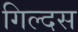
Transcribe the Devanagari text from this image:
गिल्दस